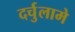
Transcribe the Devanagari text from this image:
दर्चुलामे